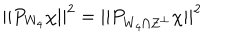
LaTeX: | | P _ { W _ { 4 } } \chi | | ^ { 2 } = | | P _ { W _ { 4 } \cap Z ^ { \perp } } \chi | | ^ { 2 }